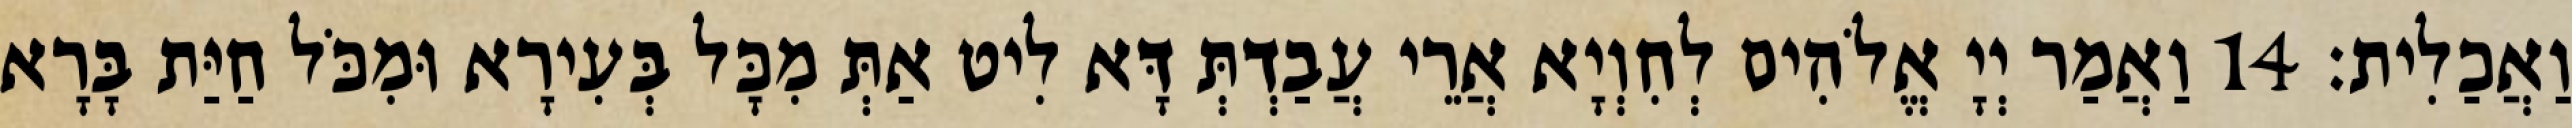
וַאֲכַלִית׃ 14 וַאֲמַר יְיָ אֱלֹהִים לְחִוְיָא אֲרֵי עֲבַדְתְּ דָּא לִיט אַתְּ מִכָּל בְּעִירָא וּמִכֹּל חַיַּת בָּרָא